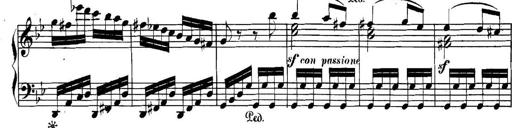
Title: Collected Piano Sonatas
Composer: Muzio Clementi